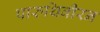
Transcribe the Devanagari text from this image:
पारुथिवीरन